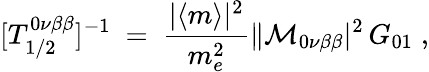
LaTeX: [T_{1/2}^{0\nu\beta\beta}]^{-1}\ =\ \frac{|\langle m\rangle|^{2}}{m_{e}^{2}}\| {\cal M}_{0\nu\beta\beta}|^{2}\, G_{01}\; ,